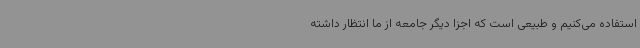
استفاده می‌کنیم و طبیعی است که اجزا دیگر جامعه از ما انتظار داشته